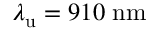
\lambda _ { \mathrm { u } } = 9 1 0 \; \mathrm { n m }